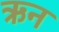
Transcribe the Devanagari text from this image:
ऋन